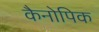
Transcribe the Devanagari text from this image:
कैनोपिक